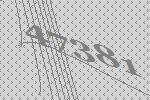
47381